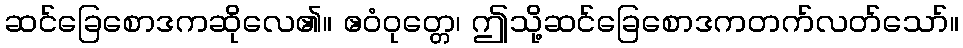
ဆင်ခြေစောဒကဆိုလေ၏။ ဧဝံဝုတ္တေ၊ ဤသို့ဆင်ခြေစောဒကတက်လတ်သော်။